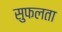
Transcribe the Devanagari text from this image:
सुफलता